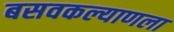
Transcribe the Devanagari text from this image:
बसवकल्याणला